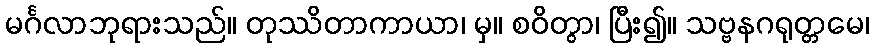
မင်္ဂလာဘုရားသည်။ တုဿိတာကာယာ၊ မှ။ စဝိတွာ၊ ပြီး၍။ သဗ္ဗနဂရုတ္တမေ၊